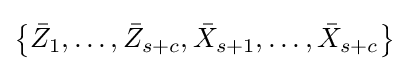
\left\{{\bar {Z}}_{1},\ldots ,{\bar {Z}}_{s+c},{\bar {X}}_{s+1},\ldots ,{\bar {X}}_{s+c}\right\}